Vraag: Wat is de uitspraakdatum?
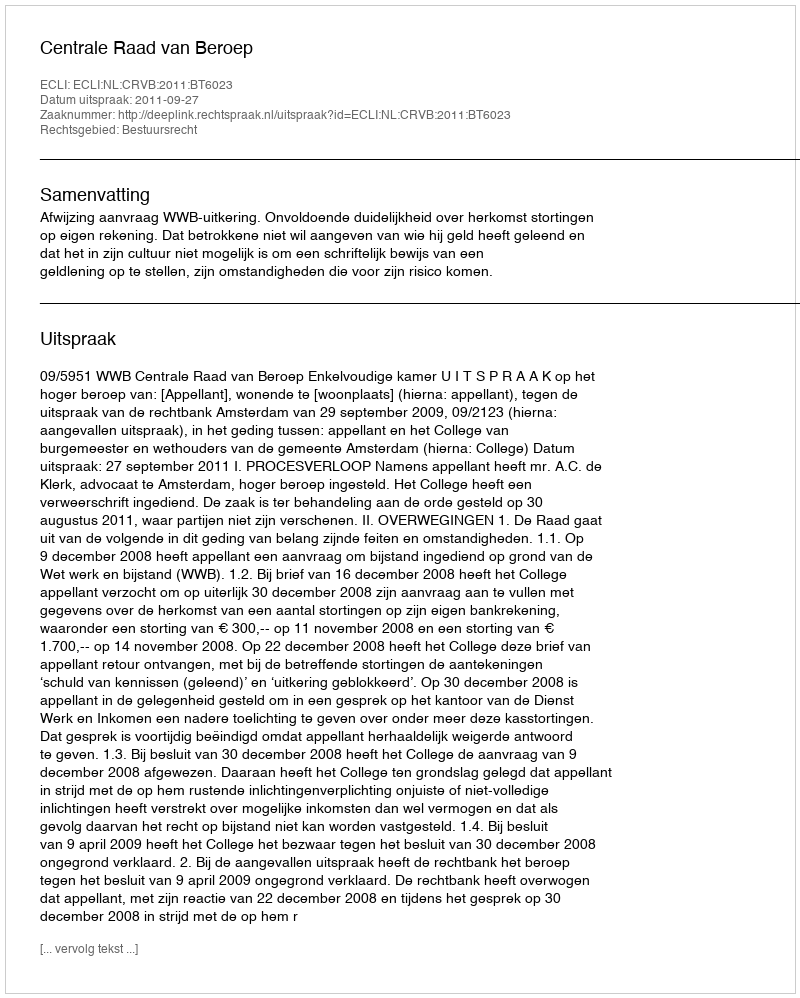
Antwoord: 2011-09-27